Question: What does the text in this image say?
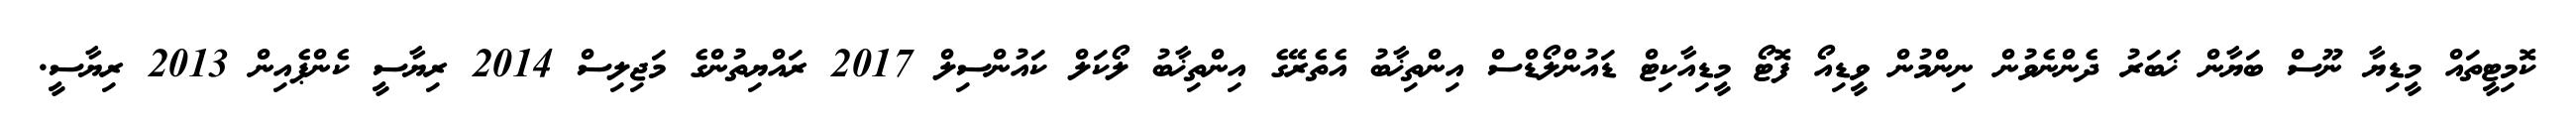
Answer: ކޮމިޓީތައް މީޑިޔާ ނޫސް ބަޔާން ޚަބަރު ދެންނެވުން ނިންމުން ވީޑިއޯ ފޮޓޯ މީޑިއާކިޓް ޑައުންލޯޑްސް އިންތިޚާބު އެތެރޭގެ އިންތިޚާބު ލޯކަލް ކައުންސިލް 2017 ރައްޔިތުންގެ މަޖިލިސް 2014 ރިޔާސީ ކެންޕެއިން 2013 ރިޔާސީ.